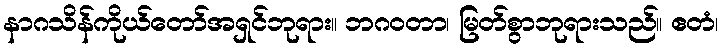
နာဂသိန်ကိုယ်တော်အရှင်ဘုရား။ ဘဂဝတာ၊ မြတ်စွာဘုရားသည်။ ဧတံ၊